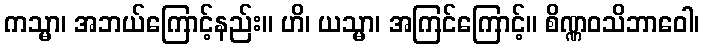
ကသ္မာ၊ အဘယ်ကြောင့်နည်း။ ဟိ၊ ယသ္မာ၊ အကြင်ကြောင့်။ စိဏ္ဏဝသိဘာဝေါ၊